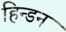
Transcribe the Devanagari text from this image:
हिन्‍डन